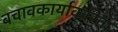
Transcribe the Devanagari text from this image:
बचावकार्याकरिता